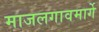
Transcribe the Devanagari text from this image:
माजलगावमार्गे